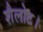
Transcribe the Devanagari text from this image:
शैलोट।